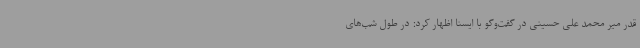
قدر میر محمد علی حسینی در گفت‌وگو با ایسنا اظهار کرد: در طول شب‌های